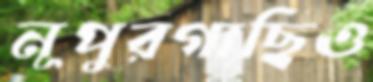
নূপুরগাছিও